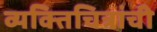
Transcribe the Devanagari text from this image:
व्यक्तिचित्रांची